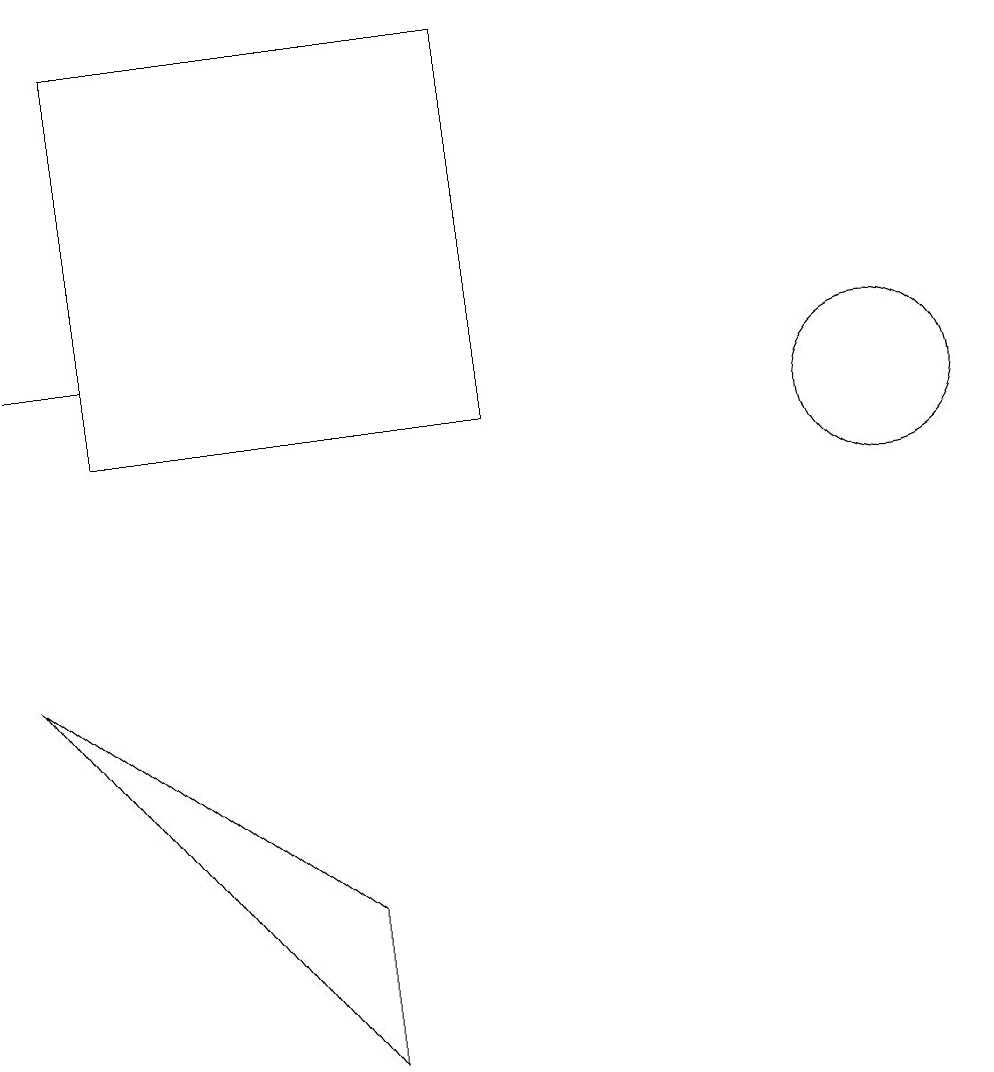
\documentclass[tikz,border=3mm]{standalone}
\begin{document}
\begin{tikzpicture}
\draw (6,12) rectangle (1,17);
\draw (4,6) -- (4,4) -- (0,9) -- cycle;
\draw (11,12) circle (1);
\draw (0,13) rectangle (1,13);
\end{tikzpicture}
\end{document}